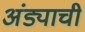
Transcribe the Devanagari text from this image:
अंड्याची